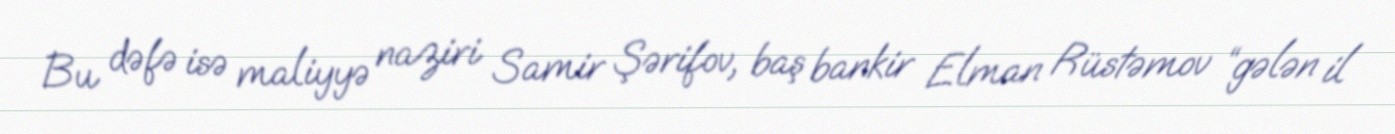
Bu dəfə isə maliyyə naziri Samir Şərifov, baş bankir Elman Rüstəmov “gələn il